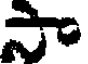
సా